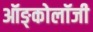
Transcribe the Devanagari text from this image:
ऑङ्कोलॉजी